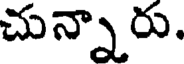
చున్నారు.